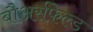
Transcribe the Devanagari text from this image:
बौअर्सफेल्ड